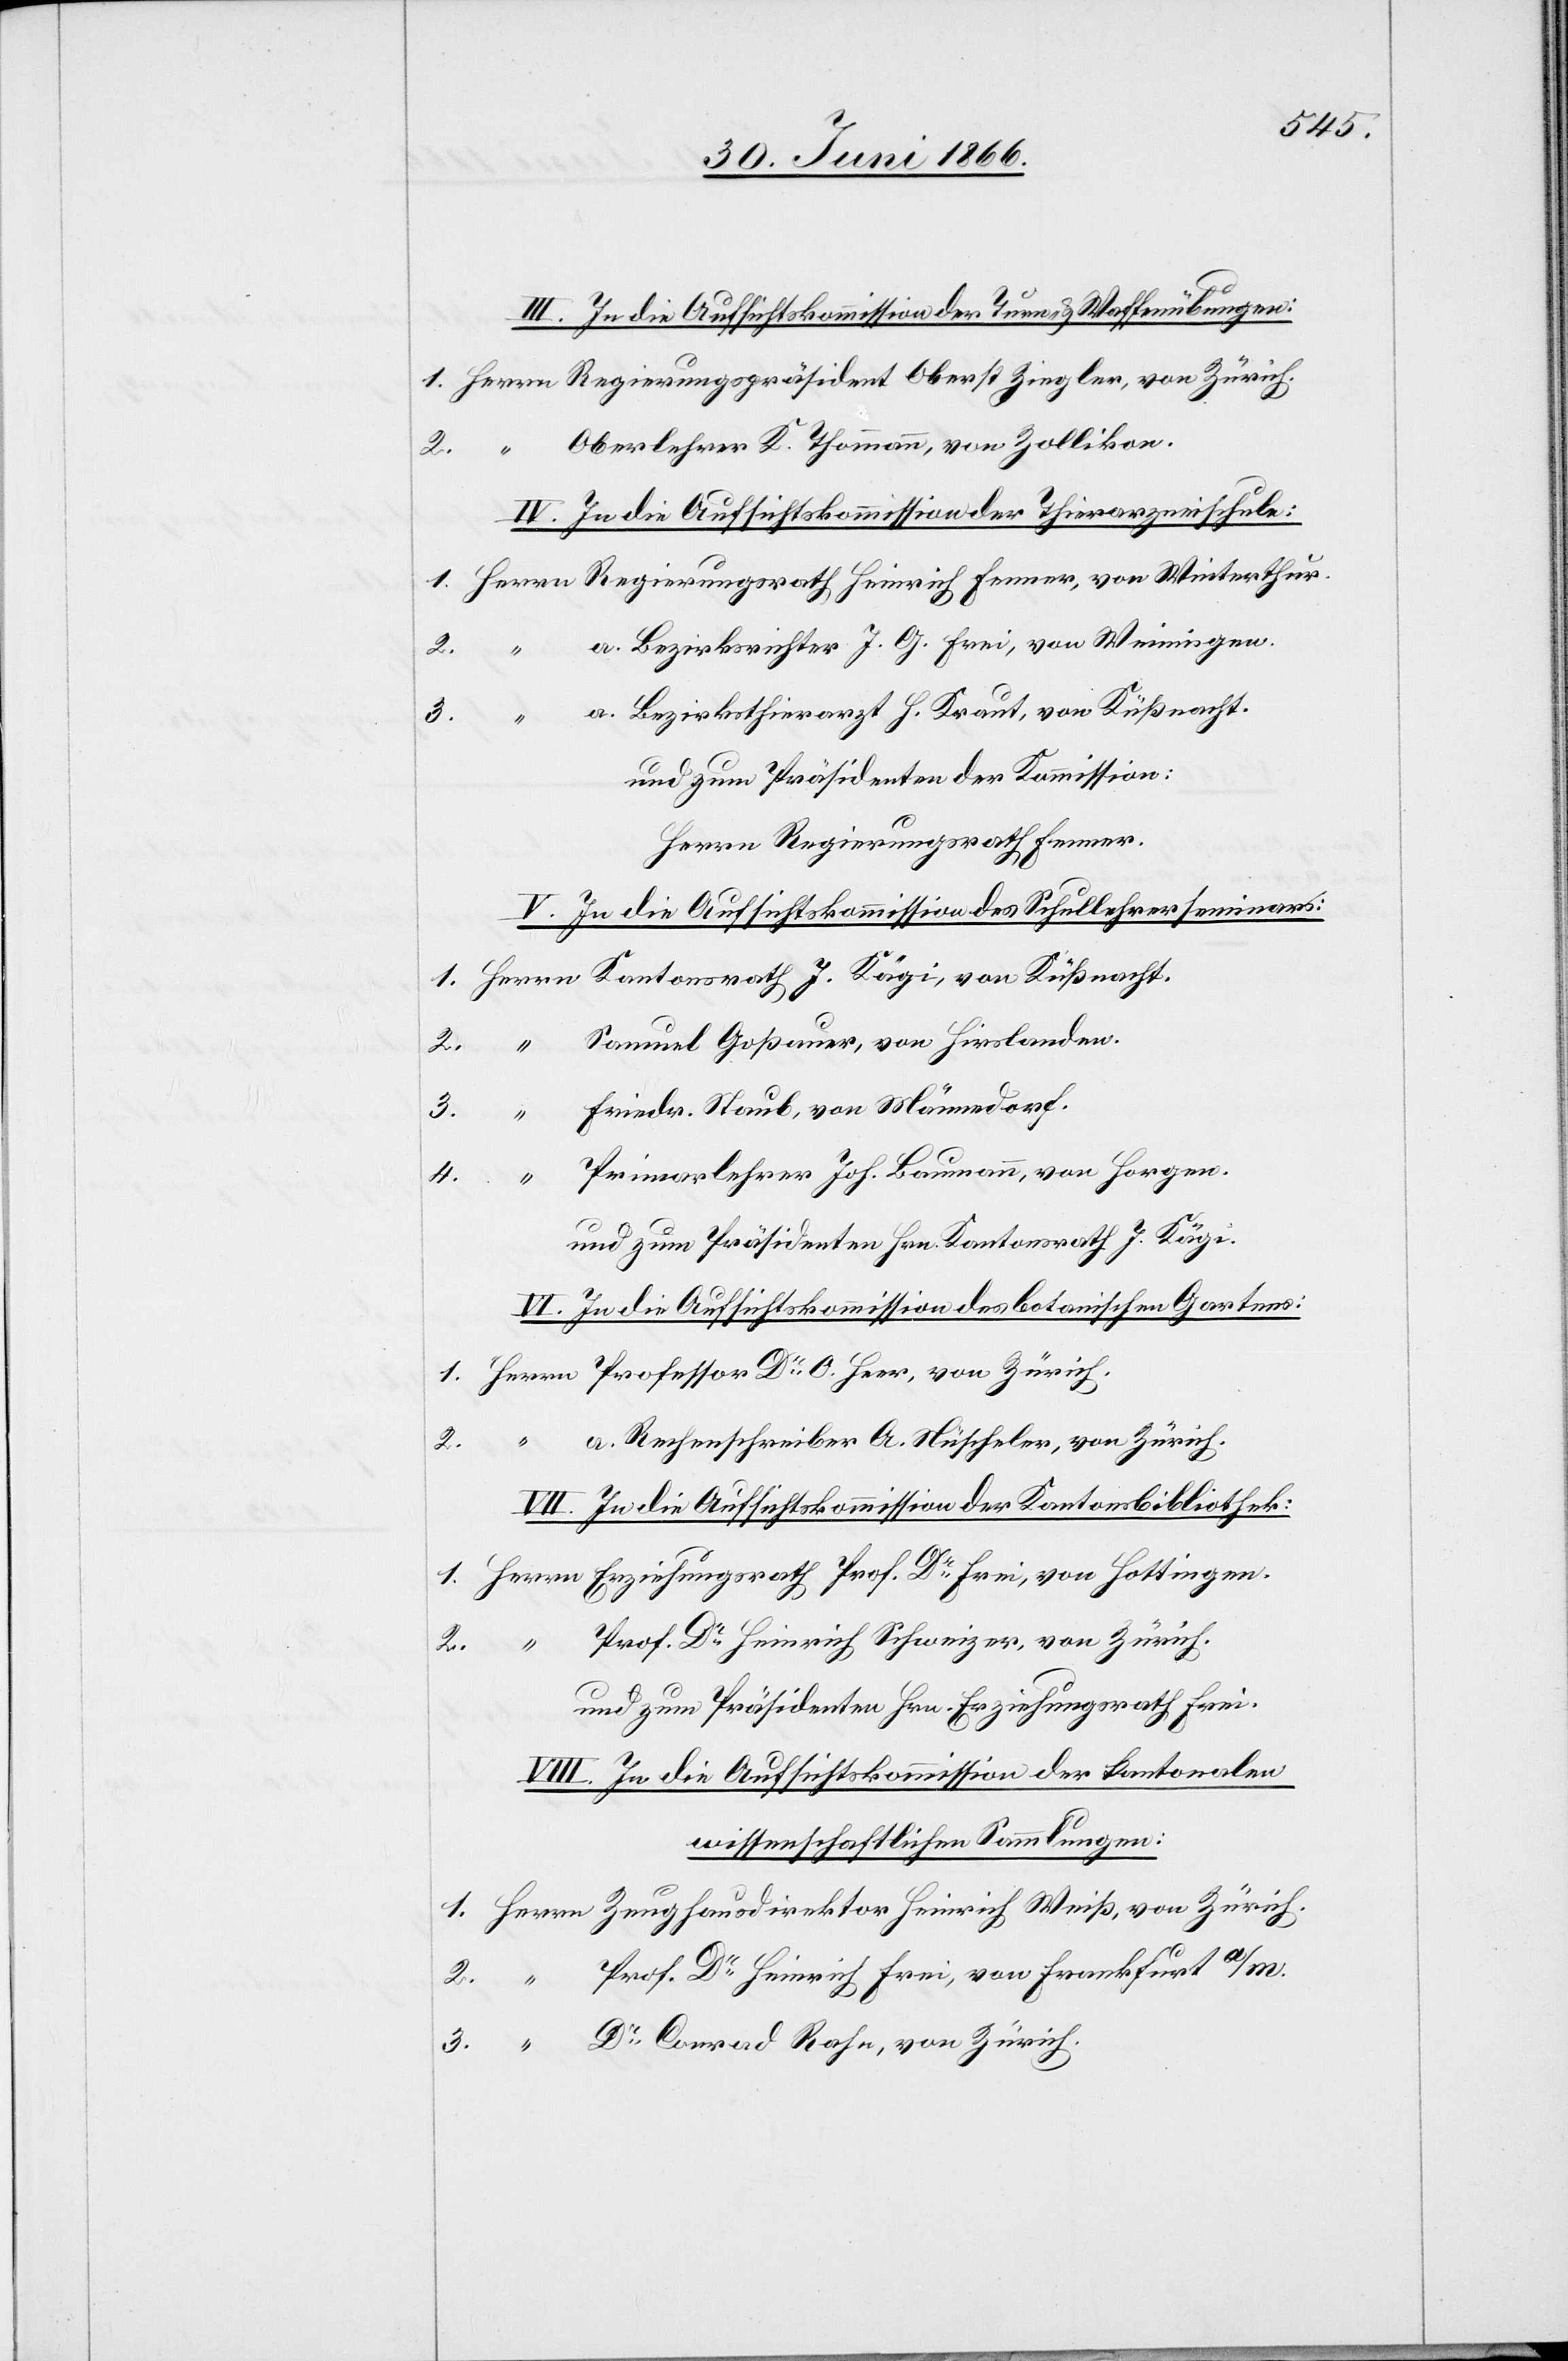
III. In die Aufsichtskommission der Turn- u. Waffenübungen:
Oberlehrer K. Thommann, von Zollikon.
IV. In die Aufsichtskommission der Thierarzneischule:
a. Bezirksrichter J. G. Frei, von Weiningen.
3.
a. Bezirksthierarzt H. Kraut, von Küßnacht.
3.
und zum Präsidenten der Kommission:
Herrn Regierungsrath Fenner.
V. In die Aufsichtskommision des Schullehrerseminars:
Friedr. Staub, von Männedorf.
Primarlehrer Joh. Baumann, von Horgen.
und zum Präsidenten Hrn. Kantonsrath J. Kägi.
VI. In die Aufsichtskommission des botanischen Gartens:
“
a. Rechenschreiber A. Nüscheler, von Zürich.
VII. In die Aufsichtskommission der Kantonsbibliothek:
Prof. Dr. Heinrich Schweizer, von Zürich.
Zürich.
2.
und zum Präsidenten Hrn. Erziehungsrath Frei.
VIII. In die Aufsichtskommission der kantonalen
wissenschaftlichen Sammlungen:
Prof. Dr. Heinrich Frei, von Frankfurt a/m.
Dr. Conrad Rahe, von Zürich.